Report of the Hyderabad Chloroform Commission
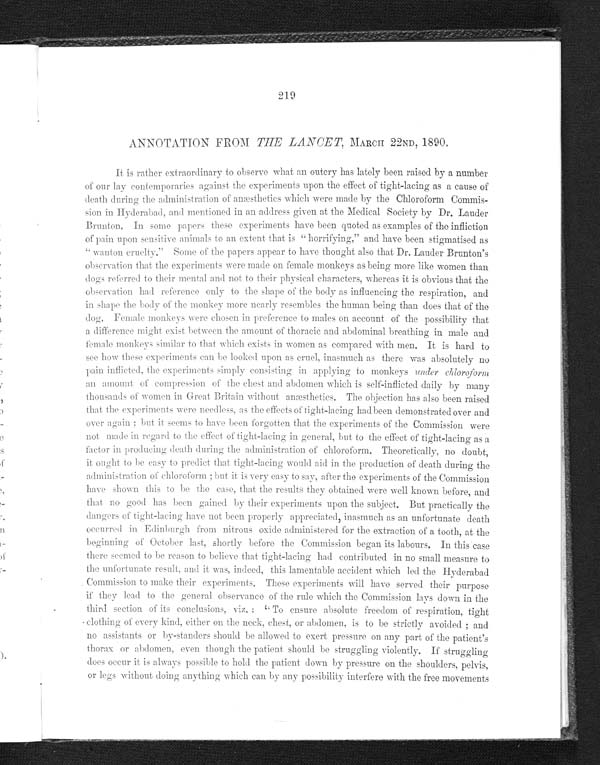
218
On making a general survey of the experiments as reported we cannot help being
struck by one very important fact, viz., the uniformity with which the various phenomena
presented themselves in each series, even in those purposely complicated for special objects.
In other words, the percentage of typical cases is very large, and contrasts markedly with what
is observed in the human subject, where typical form is comparatively uncommon, but is
nevertheless, when it occurs, recognised as the normal and made the point of departure for the
consideration of all others. It is chiefly on this account that I feel I must disagree with the state
-
ment of the Commission that, if the rules laid down be followed, "chloroform may be given in
any case requiring an operation with perfect ease and absolute safety." The public, who are our
judges, if anything goes amiss, will—nay, already have supplied the words "by any one, experi
-
enced or inexperienced," and this idea, if allowed to gain acceptance, will, I am afraid, be
fraught with disaster. Even assuming for the moment that primary cardiac failure never
occurs in the human subject, cases are continually presenting themselves where the respiratory
signs need the closest watchfulness. Clinical experience shows us that shallow breathing
occurs at the two ends of the scale. On the one hand, when the subject is deeply under the
influence of chloroform; on the other, when he is entering or emerging from its influence. In
our typical eases the interval between the two is well marked, and the two conditions are easily
distinguishable; but in others, not at all infrequent, the interval is so small and so slightly
marked that it may be bridged over by a minute dose of chloroform, or even by a mere altera
-
tion of position in the patient. It is here that even the experienced administrator might be
led into a fatal error if he trusted entirely to the ill-defined signs furnis
h e d b y t h e r e s p i r a t o r y
function, and it is only by a careful attention to the important indications yielded by the pulse,
the pupil, the conjunctival reflex, the colour, and temperature of the skin, that he is able to
conduct his patient safely through a truly perilous journey. I cannot conclude this letter with
-
out heartily endorsing every word in Dr. Hewitt's valuable letter on the same subject. I have
myself notes of at least two cases in which, during complete and satisfactory chloroform narcosis
and without hæmorrhage of any importance, there was a rapid fall in the volume and tension of
the pulse, attended with blanching of the lips and coldness of the surface, without any prelimi
-
nary alteration in the depth or frequency of respiration. Whatever the exact cause may be,
there can be no doubt that during the administration of chloroform we must always be pre
-
pared for such an occurrence, whereas with ether we may practically disregard its possibility.
The duty of the anæsthetist during the performance of a surgical operation on the human
subject must be regarded as a highly complicated one, and I am of opinion that the most relia
-
ble administrator is the one who, automatically, as it were, is at all times in full possession of
the general condition of his patient, keenly alive to all the indications presented to him, how
-
ever trivial, and at once prepared to regulate his procedure accordingly.
I am, Sirs, yours obediently,
CHARLES E. SHEPPARD.
Second Chloroformist to the Middlesex Hospital;
Anæsthetist to Guy's Hospital (Dental School).
Welbeck-Street, Cavendish Square, W., March 4th, 1890.